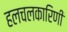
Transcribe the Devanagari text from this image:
हलचलकारिणी